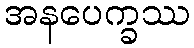
အနပေက္ခဿ